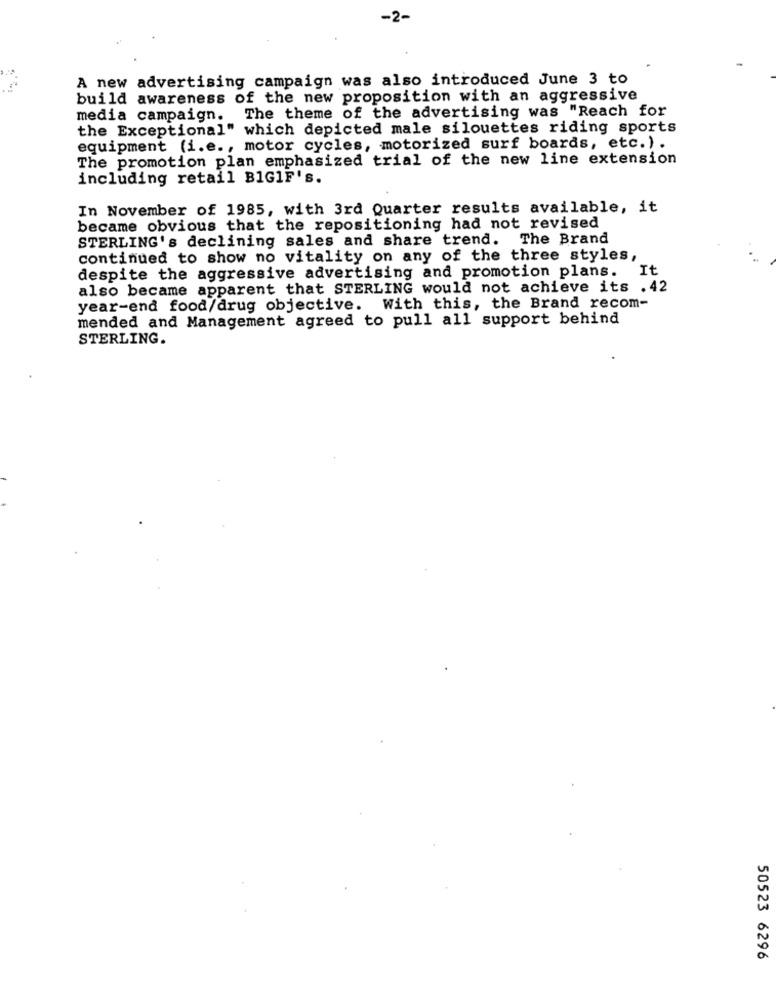
-2-
A new advertising campaign was also introduced June 3 to
build awareness of the new proposition with an aggressive
media campaign. The theme of the advertising was "Reach for
the Exceptional" which depicted male silouettes riding sports
equipment (i.e ., motor cycles, motorized surf boards, etc.).
The promotion plan emphasized trial of the new line extension
including retail B1GIF's.
In November of 1985, with 3rd Quarter results available, it
became obvious that the repositioning had not revised
STERLING's declining sales and share trend. The Brand
continued to show no vitality on any of the three styles,
It
despite the aggressive advertising and promotion plans.
also became apparent that STERLING would not achieve its .42
year-end food/drug objective. With this, the Brand recom-
mended and Management agreed to pull all support behind
STERLING.
50523 6296